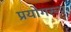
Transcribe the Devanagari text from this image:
प्रयोगरूप